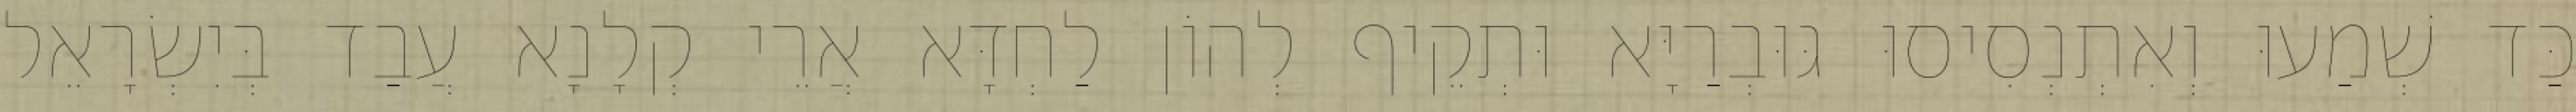
כַּד שְׁמַעוּ וְאִתְנְסִיסוּ גּוּבְרַיָּא וּתְקֵיף לְהוֹן לַחְדָּא אֲרֵי קְלָנָא עֲבַד בְּיִשְׂרָאֵל